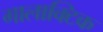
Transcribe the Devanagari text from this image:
गालाक्टिक